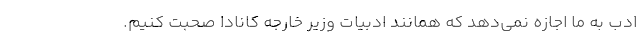
ادب به ما اجازه نمی‌دهد که همانند ادبیات وزیر خارجه کانادا صحبت کنیم.